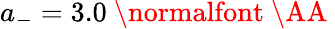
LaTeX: a_{-}=3.0\mathrm{~\normalfont~\AA~}